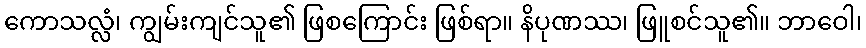
ကောသလ္လံ၊ ကျွမ်းကျင်သူ၏ ဖြစကြောင်း ဖြစ်ရာ။ နိပုဏဿ၊ ဖြူစင်သူ၏။ ဘာဝေါ၊